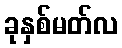
ခုနှစ်မတ်လ